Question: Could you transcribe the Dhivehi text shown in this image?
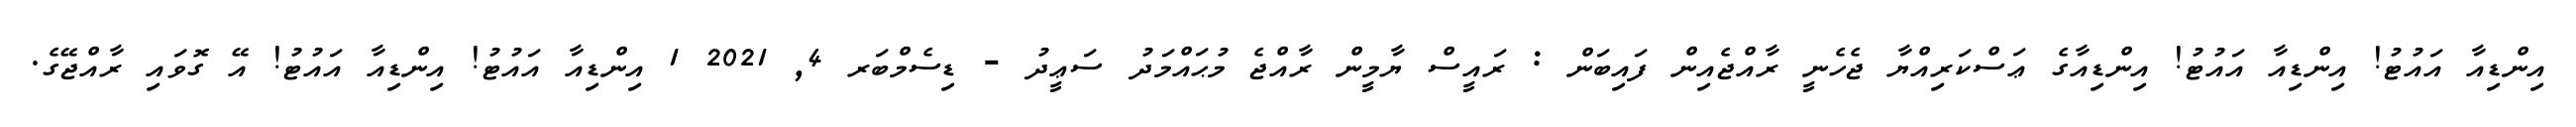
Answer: އިންޑިއާ އައުޓު! އިންޑިއާ އައުޓު! އިންޑިއާގެ ޢަސްކަރިއްޔާ ޖެހެނީ ރާއްޖެއިން ފައިބަން : ރައީސް ޔާމީން ރާއްޖެ މުޙައްމަދު ސަޢީދު - ޑިސެމްބަރ 4, 2021 1 އިންޑިއާ އައުޓު! އިންޑިއާ އައުޓު! އޭ ގޮވައި ރާއްޖޭގެ.